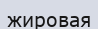
жировая